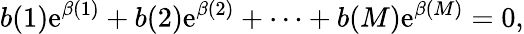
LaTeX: b(1)\mathrm{e}^{\beta(1)}+b(2)\mathrm{e}^{\beta(2)}+\cdots+b(M)\mathrm{e}^{\beta(M)}=0,